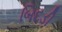
બિદડી